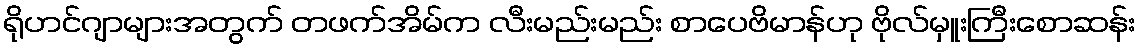
ရိုဟင်ဂျာများအတွက် တဖက်အိမ်က လီးမည်းမည်း စာပေဗိမာန်ဟု ဗိုလ်မှူးကြီးစောဆန်း